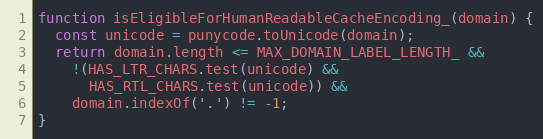
Language: JavaScript
function isEligibleForHumanReadableCacheEncoding_(domain) {
  const unicode = punycode.toUnicode(domain);
  return domain.length <= MAX_DOMAIN_LABEL_LENGTH_ &&
    !(HAS_LTR_CHARS.test(unicode) &&
      HAS_RTL_CHARS.test(unicode)) &&
    domain.indexOf('.') != -1;
}